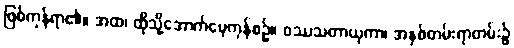
ဖြစ်ကုန်ရာ၏။ အထ၊ ထိုသို့အောက်မေ့ကုန်စဉ်။ ဝဿသတာယုကာ၊ အနှစ်တမ်းရာတမ်း၌